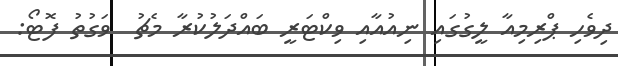
ދިވެހި ޕްރިމިއާ ލީގުގައި ނިއުއާއި ވިކްޓަރީ ބައްދަލުކުރާ މެޗު  ވަގުތު ފޮޓޯ: